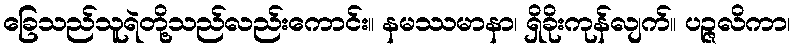
ခြေသည်သူရဲတို့သည်လည်းကောင်း။ နမဿမာနာ၊ ရှိခိုးကုန်လျက်။ ပဉ္ဇလိကာ၊